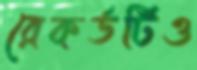
রেকর্ডটিও